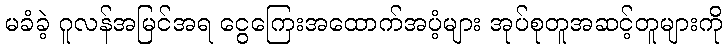
မခံခဲ့ ဂူလန်အမြင်အရ ငွေကြေးအထောက်အပံ့များ အုပ်စုတူအဆင့်တူများကို